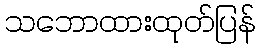
သဘောထားထုတ်ပြန်